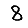
Digit: 8